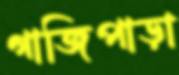
গাজিপাড়া